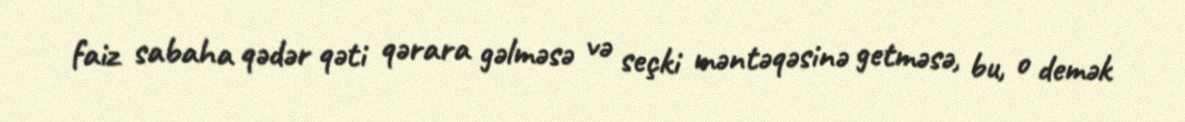
faiz sabaha qədər qəti qərara gəlməsə və seçki məntəqəsinə getməsə, bu, o demək